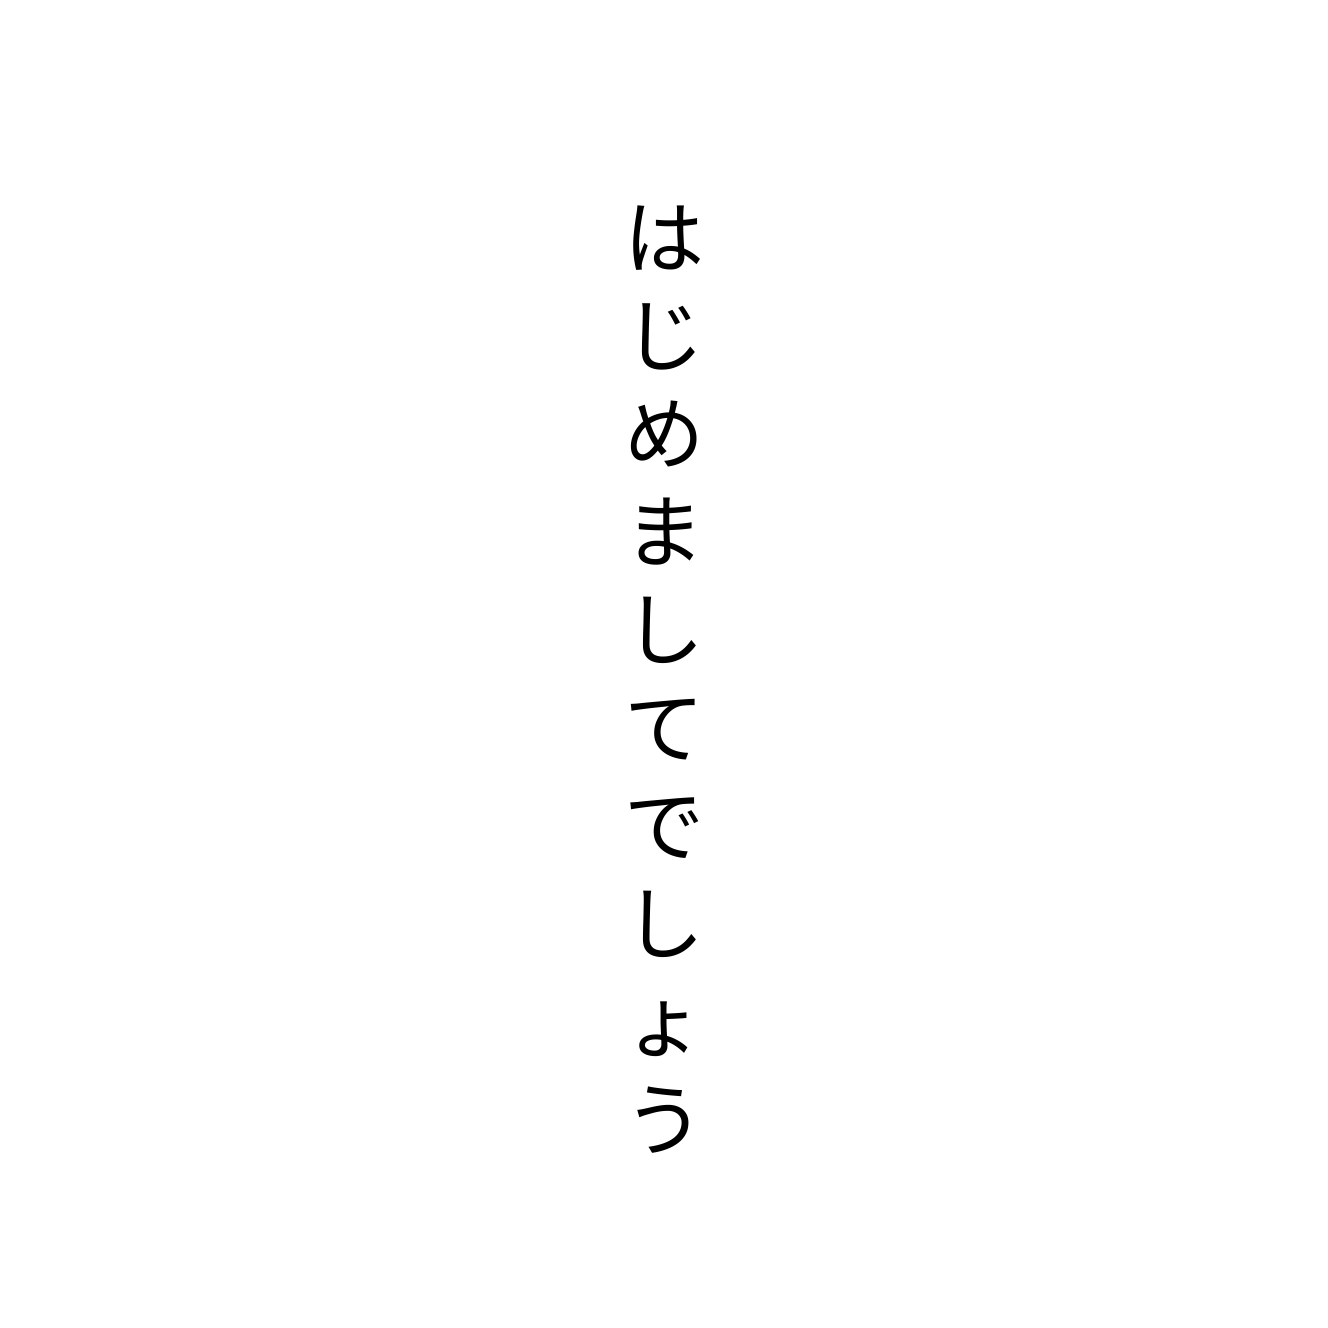
はじめましてでしょう